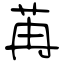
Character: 苒